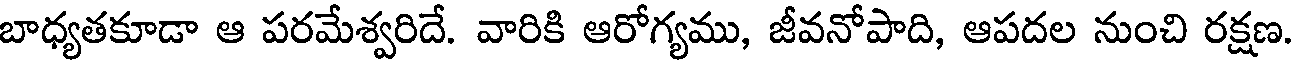
బాధ్యతకూడా ఆ పరమేశ్వరిదే. వారికి ఆరోగ్యము, జీవనోపాది, ఆపదల నుంచి రక్షణ.